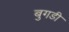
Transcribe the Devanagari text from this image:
बुगडी